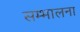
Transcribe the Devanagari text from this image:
सम्भालना